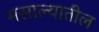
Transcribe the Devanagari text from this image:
मसाल्यातील